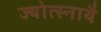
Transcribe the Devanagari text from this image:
ज्योत्स्नायै